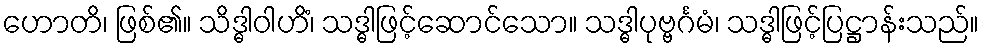
ဟောတိ၊ ဖြစ်၏။ သိဒ္ဓါဝါဟိံ၊ သဒ္ဓါဖြင့်ဆောင်သော။ သဒ္ဓါပုဗ္ဗင်္ဂမံ၊ သဒ္ဓါဖြင့်ပြဋ္ဌာန်းသည်။